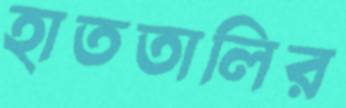
হাততালির